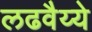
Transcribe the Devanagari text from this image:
लढवैय्ये